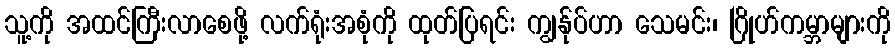
သူ့ကို အထင်ကြီးလာစေဖို့ လက်ရုံးအစုံကို ထုတ်ပြရင်း ကျွန်ုပ်ဟာ သေမင်း၊ ဂြိုဟ်ကမ္ဘာများကို